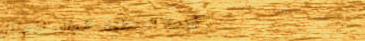
خدمة التنظيف الجاف للمناز